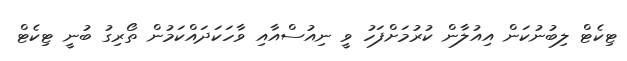
ޓިކެޓް ލިބުނުކަން އިއުލާން ކުރުމަށްފަހު ވީ ނިއުސްއާއި ވާހަކަދައްކަމުން ތޯރިގު ބުނީ ޓިކެޓް